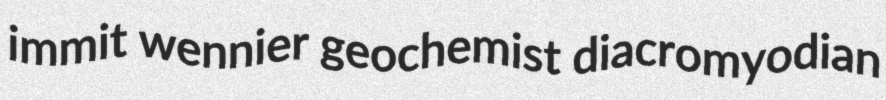
immit wennier geochemist diacromyodian